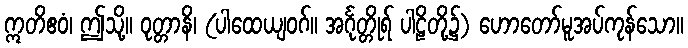
ဣတိဧဝံ၊ ဤသို့။ ဝုတ္တာနိ၊ (ပါထေယျဝဂ်။ အင်္ဂုတ္တိုရ် ပါဠိတို့၌) ဟောတော်မူအပ်ကုန်သော။